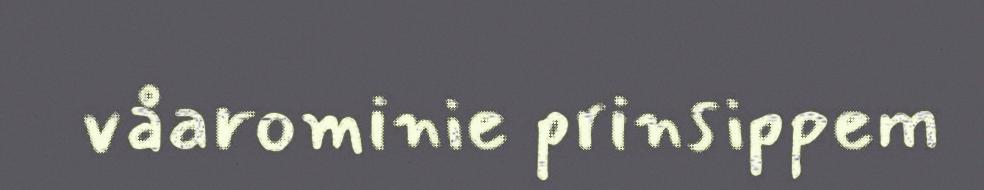
våarominie prinsippem